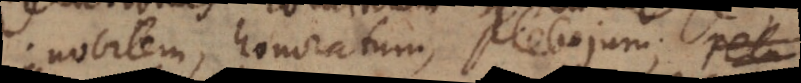
nobilem, honoratum, plebejum;